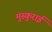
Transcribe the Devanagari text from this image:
मुस्कुराई